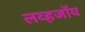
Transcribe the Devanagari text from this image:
लव्हजॉय